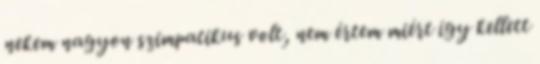
nekem nagyon szimpatikus volt, nem értem miért így kellett